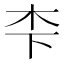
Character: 𪱱